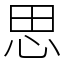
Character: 思